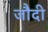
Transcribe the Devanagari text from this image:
जौदी